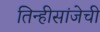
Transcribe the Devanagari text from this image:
तिन्हीसांजेची